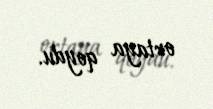
ortaya qoydu.